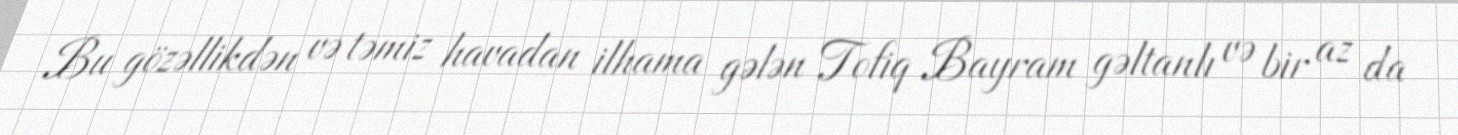
Bu gözəllikdən və təmiz havadan ilhama gələn Tofiq Bayram gəltanlı və bir az da